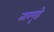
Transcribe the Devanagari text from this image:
तारगृहे